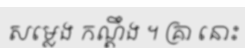
សម្លេង កណ្តឹង ។ គ្រា នោះ